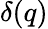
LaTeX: \delta(q)